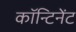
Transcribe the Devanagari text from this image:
कॉन्टिनेंट